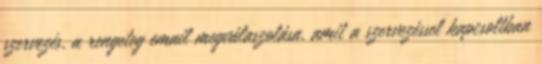
szervezés, a rengeteg email megválaszolása, amit a szervezéssel kapcsoltban